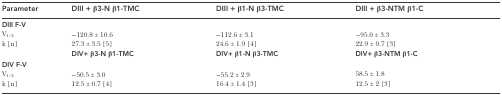
| Parameter | DIII + β3-N β1-TMC | DIII + β1-N β3-TMC | DIII + β3-NTM β1-C |
 | --- | --- | --- | --- |
 | DIII F-V |  |  |  |
 | V1/2 | −120.8 ± 10.6 | −112.6 ± 3.1 | −95.0 ± 3.3 |
 | k [n] | 27.3 ± 3.5 [5] | 24.6 ± 1.9 [4] | 22.9 ± 0.7 [3] |
 |  | DIV+ β3-N β1-TMC | DIV+ β1-N β3-TMC | DIV+ β3-NTM β1-C |
 | DIV F-V |  |  |  |
 | V1/2 | −50.5 ± 3.0 | −55.2 ± 2.9 | 58.5 ± 1.8 |
 | k [n] | 12.5 ± 0.7 [4] | 16.4 ± 1.4 [3] | 12.5 ± 2 [3] |